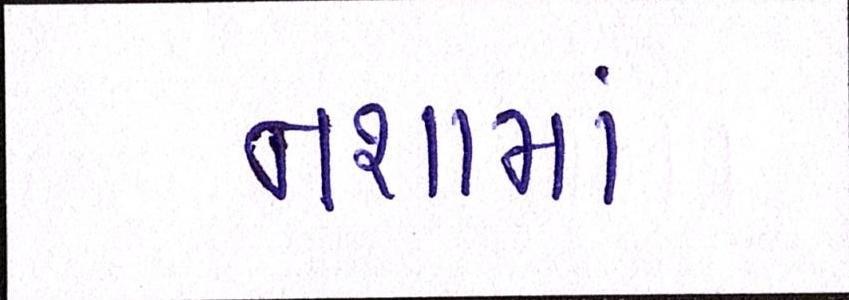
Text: નશામાં